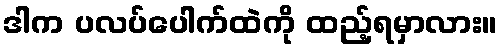
ဒါက ပလပ်ပေါက်ထဲကို ထည့်ရမှာလား။